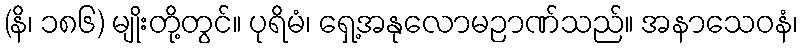
(နိ၊ ၁၈၆) မျိုးတို့တွင်။ ပုရိမံ၊ ရှေ့အနုလောမဉာဏ်သည်။ အနာသေဝနံ၊